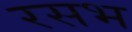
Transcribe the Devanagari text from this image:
रसभ